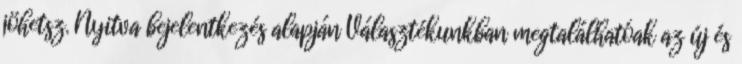
jöhetsz. Nyitva bejelentkezés alapján Választékunkban megtalálhatóak az új és